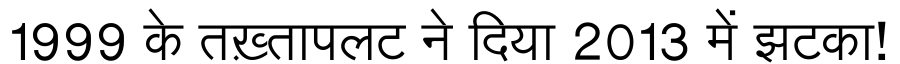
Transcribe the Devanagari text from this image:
1999 के तख़्तापलट ने दिया 2013 में झटका!